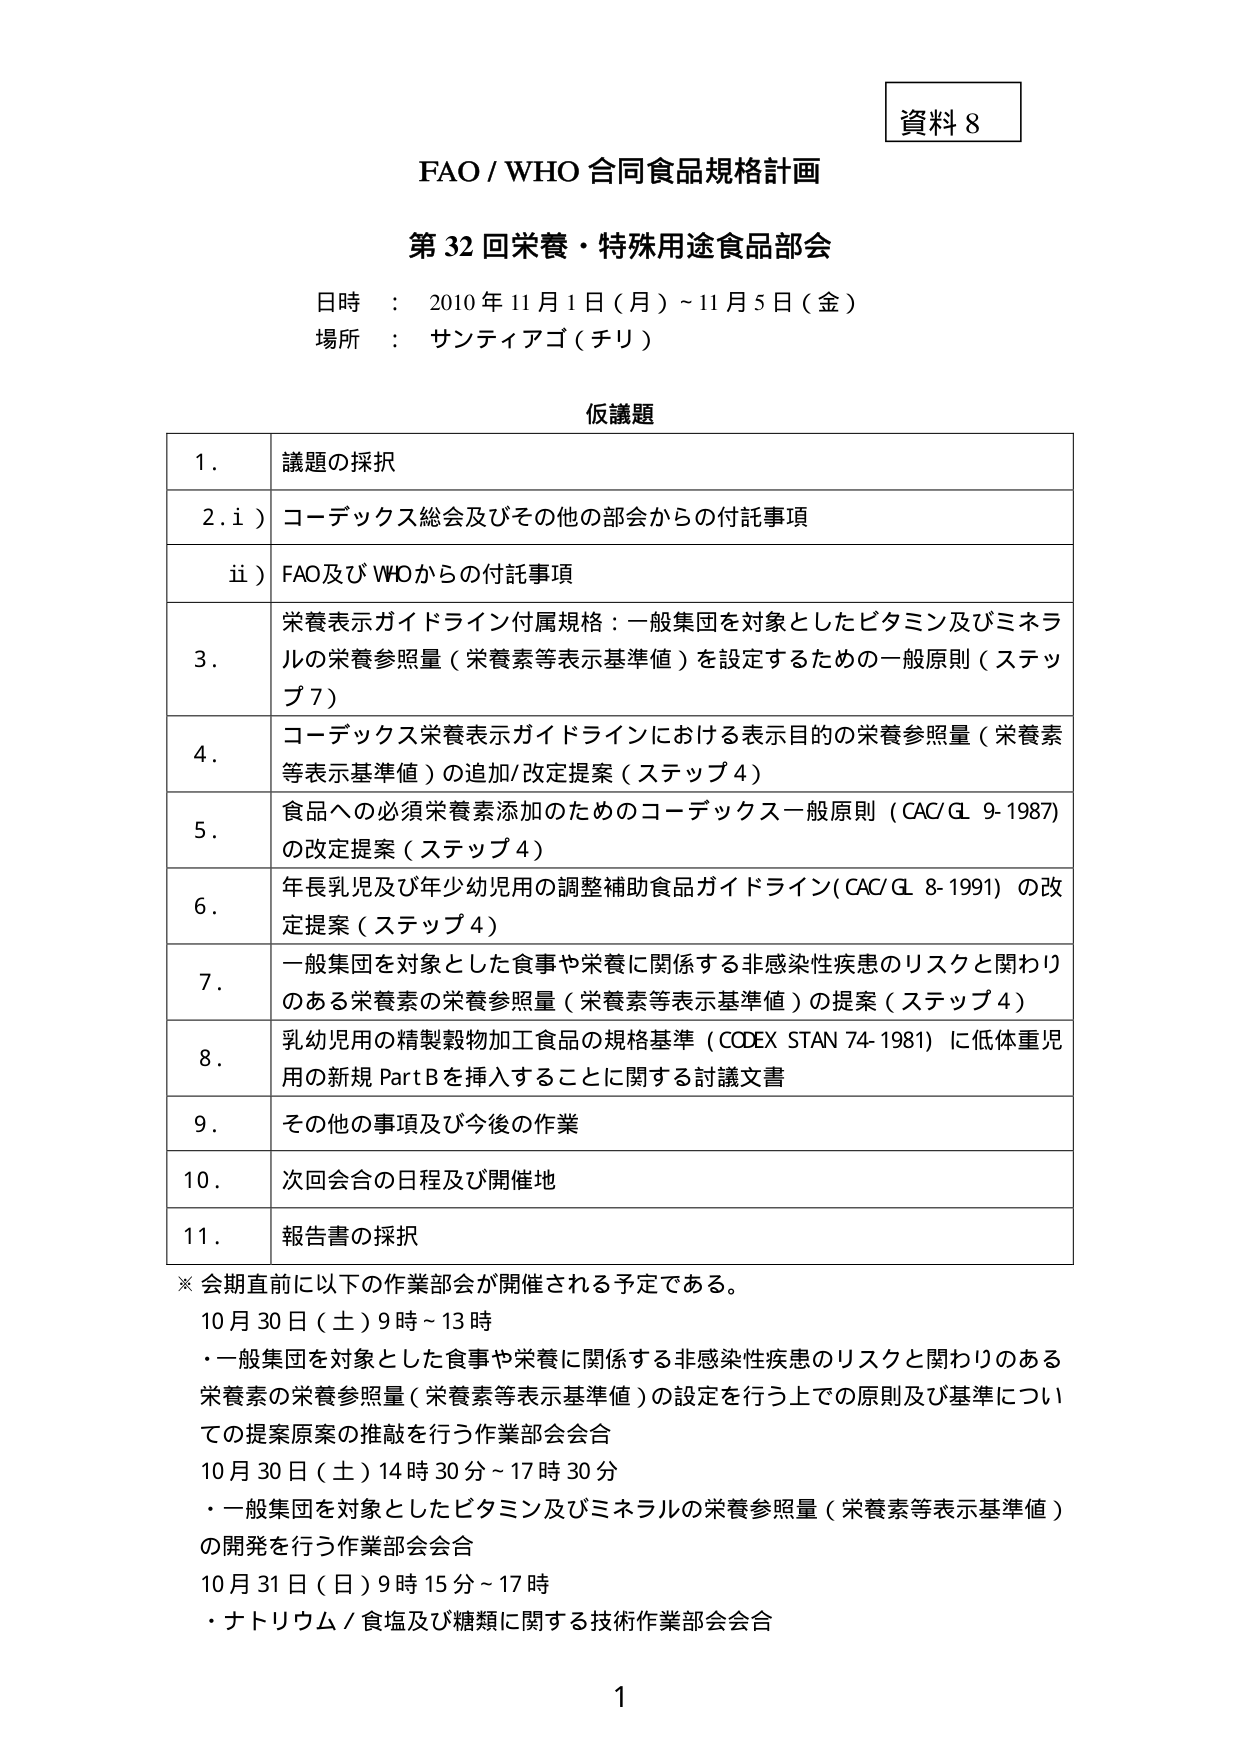
資料 8

FAO / WHO 合同食品規格計画

第 32 回栄養・特殊用途食品部会

日時 ： 2010 年 11 月 1 日（月）～11 月 5 日（金）
場所 ： サンティアゴ（チリ）

仮議題

1. 議題の採択
2. i) コーデックス総会及びその他の部会からの付託事項
   ii) FAO及びWHOからの付託事項
3. 栄養表示ガイドライン付属規格：一般集団を対象としたビタミン及びミネラルの栄養参照量（栄養素等表示基準値）を設定するための一般原則（ステップ7）
4. コーデックス栄養表示ガイドラインにおける表示目的の栄養参照量（栄養素等表示基準値）の追加/改定提案（ステップ4）
5. 食品への必須栄養素添加のためのコーデックス一般原則（CAC/GL 9-1987）の改定提案（ステップ4）
6. 年長乳児及び年少幼児用の調整補助食品ガイドライン（CAC/GL 8-1991）の改定提案（ステップ4）
7. 一般集団を対象とした食事や栄養に関係する非感染性疾患のリスクと関わりのある栄養素の栄養参照量（栄養素等表示基準値）の提案（ステップ4）
8. 乳幼児用の精製穀物加工食品の規格基準（CODEX STAN 74-1981）に低体重児用の新規 Part B を挿入することに関する討議文書
9. その他の事項及び今後の作業
10. 次回会合の日程及び開催地
11. 報告書の採択

※ 会期直前に以下の作業部会が開催される予定である。
10月30日（土）9時～13時
・一般集団を対象とした食事や栄養に関係する非感染性疾患のリスクと関わりのある栄養素の栄養参照量（栄養素等表示基準値）の設定を行う上での原則及び基準についての提案原案の推敲を行う作業部会会合
10月30日（土）14時30分～17時30分
・一般集団を対象としたビタミン及びミネラルの栄養参照量（栄養素等表示基準値）の開発を行う作業部会会合
10月31日（日）9時15分～17時
・ナトリウム／食塩及び糖類に関する技術作業部会会合

1